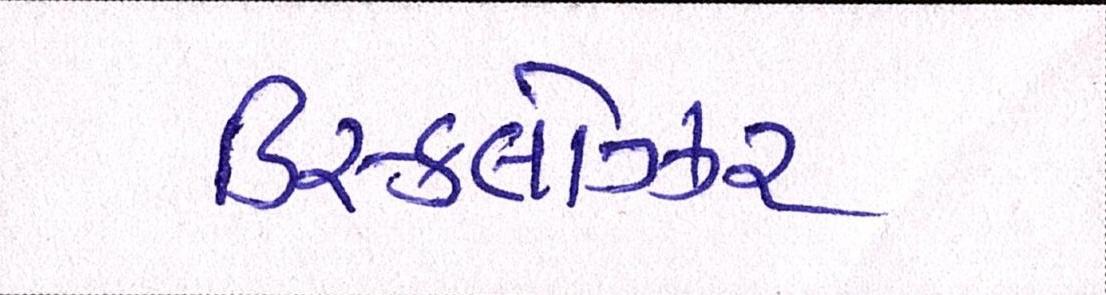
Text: ડિસ્કલોઝર